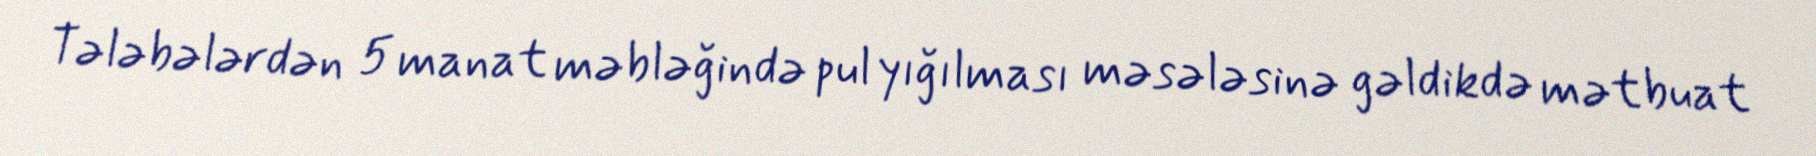
Tələbələrdən 5 manat məbləğində pul yığılması məsələsinə gəldikdə mətbuat